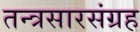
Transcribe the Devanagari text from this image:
तन्त्रसारसंग्रह